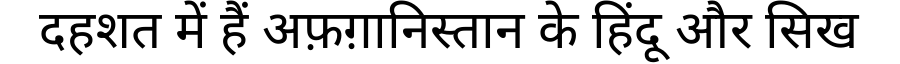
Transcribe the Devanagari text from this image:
दहशत में हैं अफ़ग़ानिस्तान के हिंदू और सिख